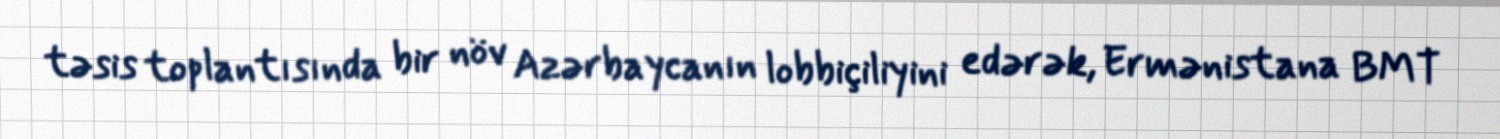
təsis toplantısında bir növ Azərbaycanın lobbiçiliyini edərək, Ermənistana BMT